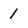
Character: 1